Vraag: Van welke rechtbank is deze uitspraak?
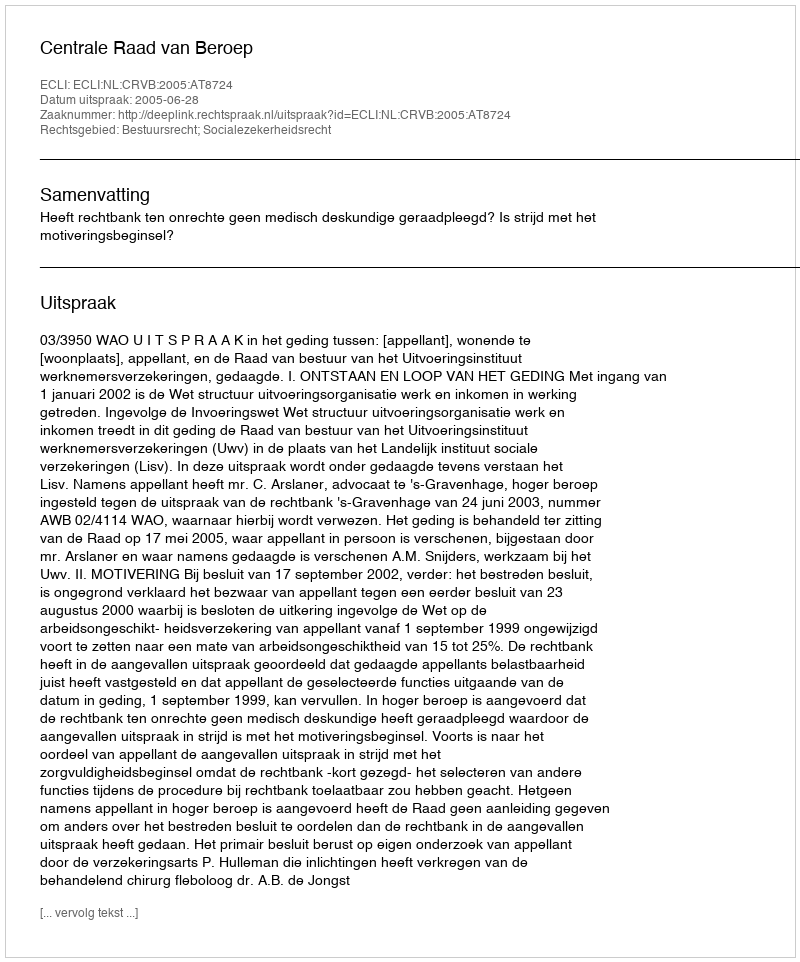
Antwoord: Centrale Raad van Beroep